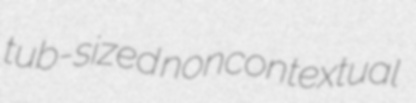
tub-sized noncontextual